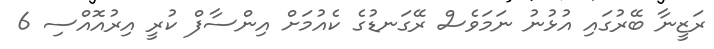
ރަޒީނާ ބޭރުގައި އުޅުނު ނަމަވެސް ރޭގަނޑުގެ ކެއުމަށް އިންސާފް ކުރީ އިރުއޮއްސި 6